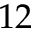
1 2